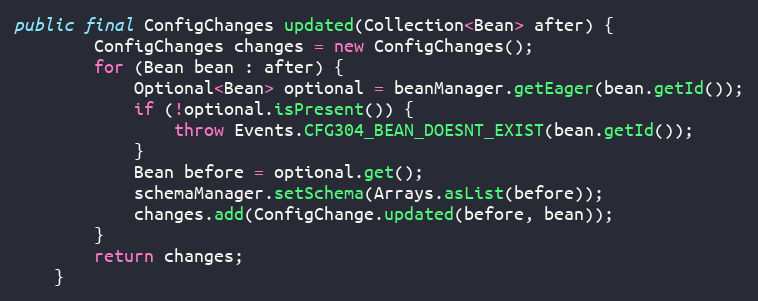
Language: Java
public final ConfigChanges updated(Collection<Bean> after) {
        ConfigChanges changes = new ConfigChanges();
        for (Bean bean : after) {
            Optional<Bean> optional = beanManager.getEager(bean.getId());
            if (!optional.isPresent()) {
                throw Events.CFG304_BEAN_DOESNT_EXIST(bean.getId());
            }
            Bean before = optional.get();
            schemaManager.setSchema(Arrays.asList(before));
            changes.add(ConfigChange.updated(before, bean));
        }
        return changes;
    }